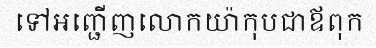
ទៅអញ្ជើញលោកយ៉ាកុបជាឪពុក